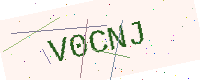
Text: V0CNJ